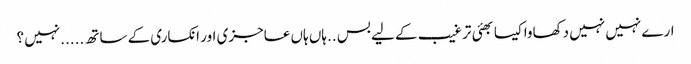
ارے نہیں نہیں دکھاوا کیسا بھئی ترغیب کے لیے بس ..ہاں ہاں عاجزی اور انکساری کے ساتھ .....نہیں ؟